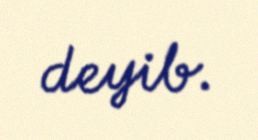
deyib.